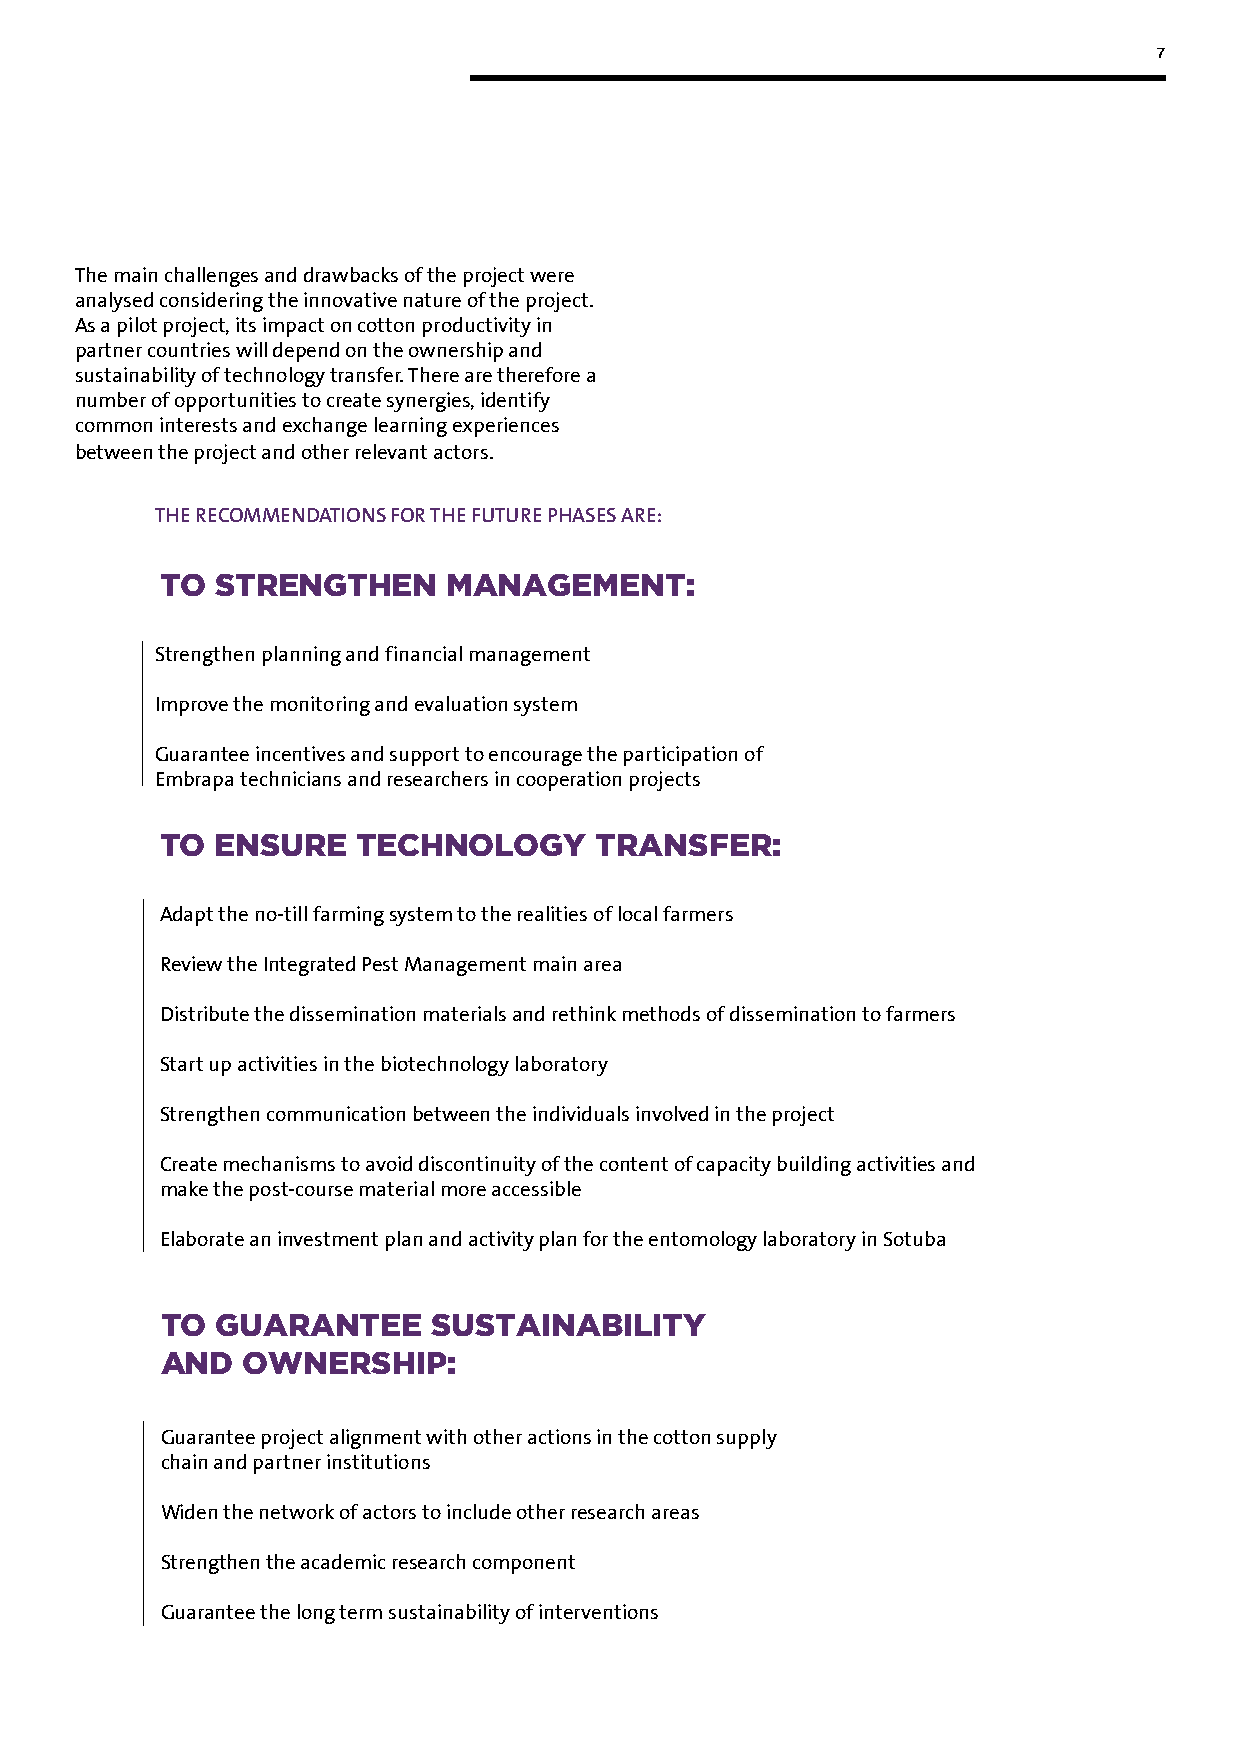
7
 The main challenges and drawbacks of the project were
 analysed considering the innovative nature of the project.
 As a pilot project, its impact on cotton productivity in
 partner countries will depend on the ownership and
 sustainability of technology transfer. There are therefore a
 number of opportunities to create synergies, identify
 common interests and exchange learning experiences
 between the project and other relevant actors.
 THE RECOMMENDATIONS FOR THE FUTURE PHASES ARE:
 TO STRENGTHEN      MANAGEMENT:
 Strengthen planning and financial management
 Improve the monitoring and evaluation system
 Guarantee incentives and support to encourage the participation of
 Embrapa technicians and researchers in cooperation projects
 TO ENSURE    TECHNOLOGY     TRANSFER:
 Adapt the no-till farming system to the realities of local farmers
 Review the Integrated Pest Management main area
 Distribute the dissemination materials and rethink methods of dissemination to farmers
 Start up activities in the biotechnology laboratory
 Strengthen communication between the individuals involved in the project
 Create mechanisms to avoid discontinuity of the content of capacity building activities and
 make the post-course material more accessible
 Elaborate an investment plan and activity plan for the entomology laboratory in Sotuba
 TO GUARANTEE      SUSTAINABILITY
 AND  OWNERSHIP:
 Guarantee project alignment with other actions in the cotton supply
 chain and partner institutions
 Widen the network of actors to include other research areas
 Strengthen the academic research component
 Guarantee the long term sustainability of interventions